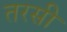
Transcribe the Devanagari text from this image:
तरसी